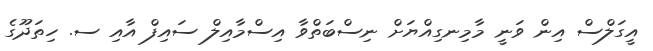
އީގަލްސް އިން ވަނީ މާމިނގިއްޔަށް ނިސްބަތްވާ އިސްމާއިލް ސައިފް އާއި ސ. ހިތަދޫގެ